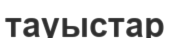
тауыстар